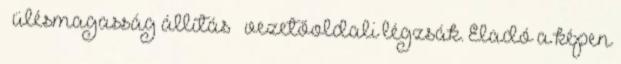
– ülésmagasság állítás – vezetőoldali légzsák. Eladó a képen